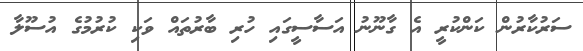
ސަރުކާރުން ކަންކުރީ އެ ގާނޫނު އަސާސީގައި ހުރި ބާރުތައް ވަކި ކުރުމުގެ އުސޫލާ